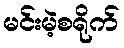
မင်းမဲ့စရိုက်